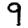
Digit: 9